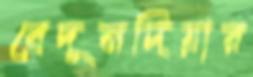
বেদুনদিয়ার